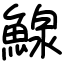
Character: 鰁